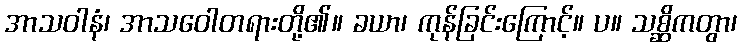
အာသဝါနံ၊ အာသဝေါတရားတို့၏။ ခယာ၊ ကုန်ခြင်းကြောင့်။ ပ။ သစ္ဆိကတွာ၊